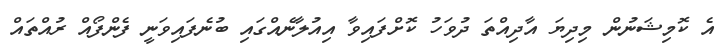
އެ ކޮމިޝަނުން މިދިޔަ އާދިއްތަ ދުވަހު ކޮށްފައިވާ އިއުލާނެއްގައި ބުނެފައިވަނީ ފެންފޯއް ރުއްތައް